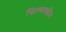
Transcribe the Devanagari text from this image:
फिल्मस्क्रीन